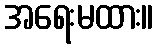
အရေးမထား။